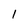
Character: l